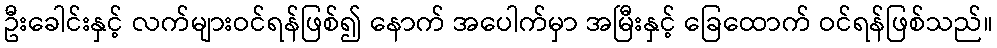
ဦးခေါင်းနှင့် လက်များဝင်ရန်ဖြစ်၍ နောက် အပေါက်မှာ အမြီးနှင့် ခြေထောက် ဝင်ရန်ဖြစ်သည်။